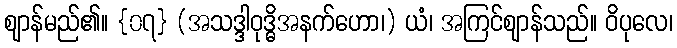
ဈာန်မည်၏။ {၀၇} (အသဒ္ဒါဝုဒ္ဓိအနက်ဟော၊) ယံ၊ အကြင်ဈာန်သည်။ ဝိပုလေ၊